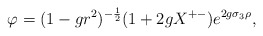
\begin{align*}\varphi = (1 - g r^2)^{-{1\over 2}}(1 + 2g X^{+-}) e^{2g\sigma_3 \rho} ,\end{align*}